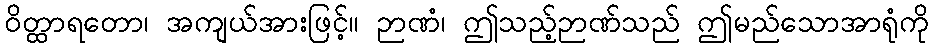
ဝိတ္ထာရတော၊ အကျယ်အားဖြင့်။ ဉာဏံ၊ ဤသည့်ဉာဏ်သည် ဤမည်သောအာရုံကို